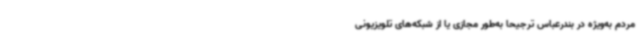
مردم به‌ویژه در بندرعباس ترجیحاً به‌طور مجازی یا از شبکه‌های تلویزیونی